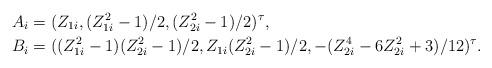
LaTeX: \begin{align*}A_i &=(Z_{1i}, {(Z_{1i}^2-1)}/{2}, (Z_{2i}^2-1)/2)^\tau,\\B_i & =((Z_{1i}^2-1)(Z_{2i}^2-1)/2, Z_{1i}(Z_{2i}^2-1)/2, - (Z_{2i}^4-6Z_{2i}^2+3)/12)^\tau.\end{align*}